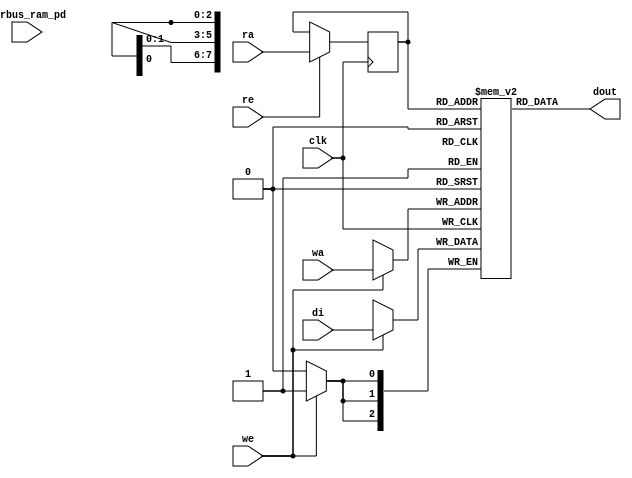
module nv_ram_rws_256x3 (
  clk,
  ra,
  re,
  dout,
  wa,
  we,
  di,
  pwrbus_ram_pd
);
parameter FORCE_CONTENTION_ASSERTION_RESET_ACTIVE=1'b0;
// port list
input clk;
input [7:0] ra;
input re;
output [2:0] dout;
input [7:0] wa;
input we;
input [2:0] di;
input [31:0] pwrbus_ram_pd;
//reg and wire list
reg [7:0] ra_d;
wire [2:0] dout;
reg [2:0] M [255:0];
always @( posedge clk ) begin
    if (we)
       M[wa] <= di;
end
always @( posedge clk ) begin
    if (re)
       ra_d <= ra;
end
assign dout = M[ra_d];
endmodule